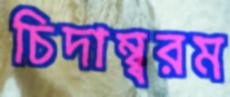
চিদাম্ব্বরম